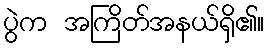
ပွဲက အကြိတ်အနယ်ရှိ၏။